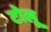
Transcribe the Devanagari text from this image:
टोलू